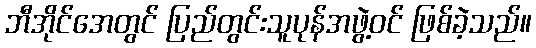
ဘီအိုင်အေတွင် ပြည်တွင်းသူပုန်အဖွဲ့ဝင် ဖြစ်ခဲ့သည်။